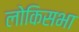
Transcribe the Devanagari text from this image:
लोकिसभा